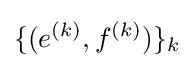
\{(e^{(k)},f^{(k)})\}_{k}